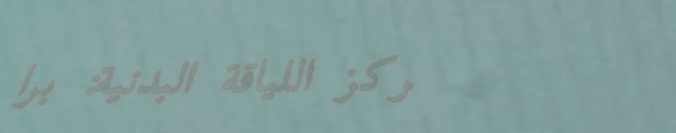
مركز اللياقة البدنية: برا